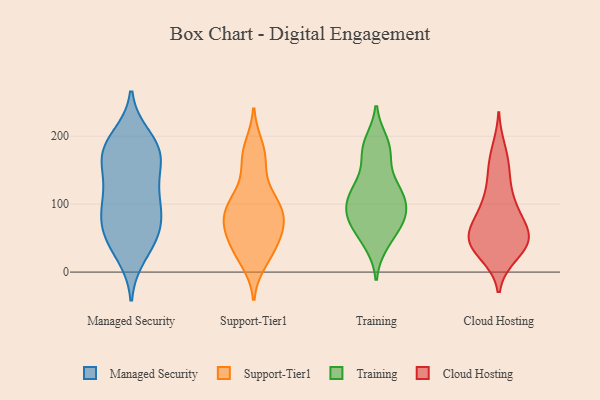
{"axis": {"x": "Demand Index", "y": "Value"}, "legend": ["Cloud Hosting", "Managed Security", "Support-Tier1", "Training"], "data": [{"x": "", "y": 102, "type": "Managed Security"}, {"x": "", "y": 37, "type": "Managed Security"}, {"x": "", "y": 115, "type": "Managed Security"}, {"x": "", "y": 56, "type": "Managed Security"}, {"x": "", "y": 192, "type": "Managed Security"}, {"x": "", "y": 25, "type": "Managed Security"}, {"x": "", "y": 95, "type": "Managed Security"}, {"x": "", "y": 171, "type": "Managed Security"}, {"x": "", "y": 141, "type": "Managed Security"}, {"x": "", "y": 166, "type": "Managed Security"}, {"x": "", "y": 166, "type": "Managed Security"}, {"x": "", "y": 50, "type": "Managed Security"}, {"x": "", "y": 79, "type": "Managed Security"}, {"x": "", "y": 77, "type": "Managed Security"}, {"x": "", "y": 199, "type": "Managed Security"}, {"x": "", "y": 121, "type": "Managed Security"}, {"x": "", "y": 181, "type": "Managed Security"}, {"x": "", "y": 66, "type": "Managed Security"}, {"x": "", "y": 178, "type": "Managed Security"}, {"x": "", "y": 98, "type": "Support-Tier1"}, {"x": "", "y": 166, "type": "Support-Tier1"}, {"x": "", "y": 93, "type": "Support-Tier1"}, {"x": "", "y": 84, "type": "Support-Tier1"}, {"x": "", "y": 71, "type": "Support-Tier1"}, {"x": "", "y": 56, "type": "Support-Tier1"}, {"x": "", "y": 119, "type": "Support-Tier1"}, {"x": "", "y": 184, "type": "Support-Tier1"}, {"x": "", "y": 167, "type": "Support-Tier1"}, {"x": "", "y": 16, "type": "Support-Tier1"}, {"x": "", "y": 44, "type": "Support-Tier1"}, {"x": "", "y": 107, "type": "Support-Tier1"}, {"x": "", "y": 27, "type": "Support-Tier1"}, {"x": "", "y": 36, "type": "Support-Tier1"}, {"x": "", "y": 70, "type": "Support-Tier1"}, {"x": "", "y": 79, "type": "Support-Tier1"}, {"x": "", "y": 171, "type": "Training"}, {"x": "", "y": 84, "type": "Training"}, {"x": "", "y": 126, "type": "Training"}, {"x": "", "y": 115, "type": "Training"}, {"x": "", "y": 181, "type": "Training"}, {"x": "", "y": 191, "type": "Training"}, {"x": "", "y": 111, "type": "Training"}, {"x": "", "y": 42, "type": "Training"}, {"x": "", "y": 84, "type": "Training"}, {"x": "", "y": 56, "type": "Training"}, {"x": "", "y": 80, "type": "Training"}, {"x": "", "y": 121, "type": "Training"}, {"x": "", "y": 81, "type": "Training"}, {"x": "", "y": 54, "type": "Cloud Hosting"}, {"x": "", "y": 23, "type": "Cloud Hosting"}, {"x": "", "y": 52, "type": "Cloud Hosting"}, {"x": "", "y": 49, "type": "Cloud Hosting"}, {"x": "", "y": 98, "type": "Cloud Hosting"}, {"x": "", "y": 145, "type": "Cloud Hosting"}, {"x": "", "y": 85, "type": "Cloud Hosting"}, {"x": "", "y": 183, "type": "Cloud Hosting"}, {"x": "", "y": 51, "type": "Cloud Hosting"}, {"x": "", "y": 25, "type": "Cloud Hosting"}, {"x": "", "y": 34, "type": "Cloud Hosting"}, {"x": "", "y": 91, "type": "Cloud Hosting"}, {"x": "", "y": 51, "type": "Cloud Hosting"}, {"x": "", "y": 63, "type": "Cloud Hosting"}, {"x": "", "y": 118, "type": "Cloud Hosting"}, {"x": "", "y": 157, "type": "Cloud Hosting"}]}